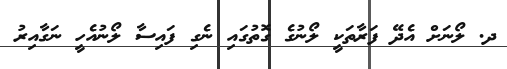
ދ. ލޯނަށް އެދޭ ފަރާތަކީ ލޯނުގެ ގޮތުގައި ނެގި ފައިސާ ލޯނުއެހީ ނަގާއިރު